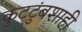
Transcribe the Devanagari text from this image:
कुटटुंबशाही